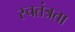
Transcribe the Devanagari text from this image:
स्चतंत्रता